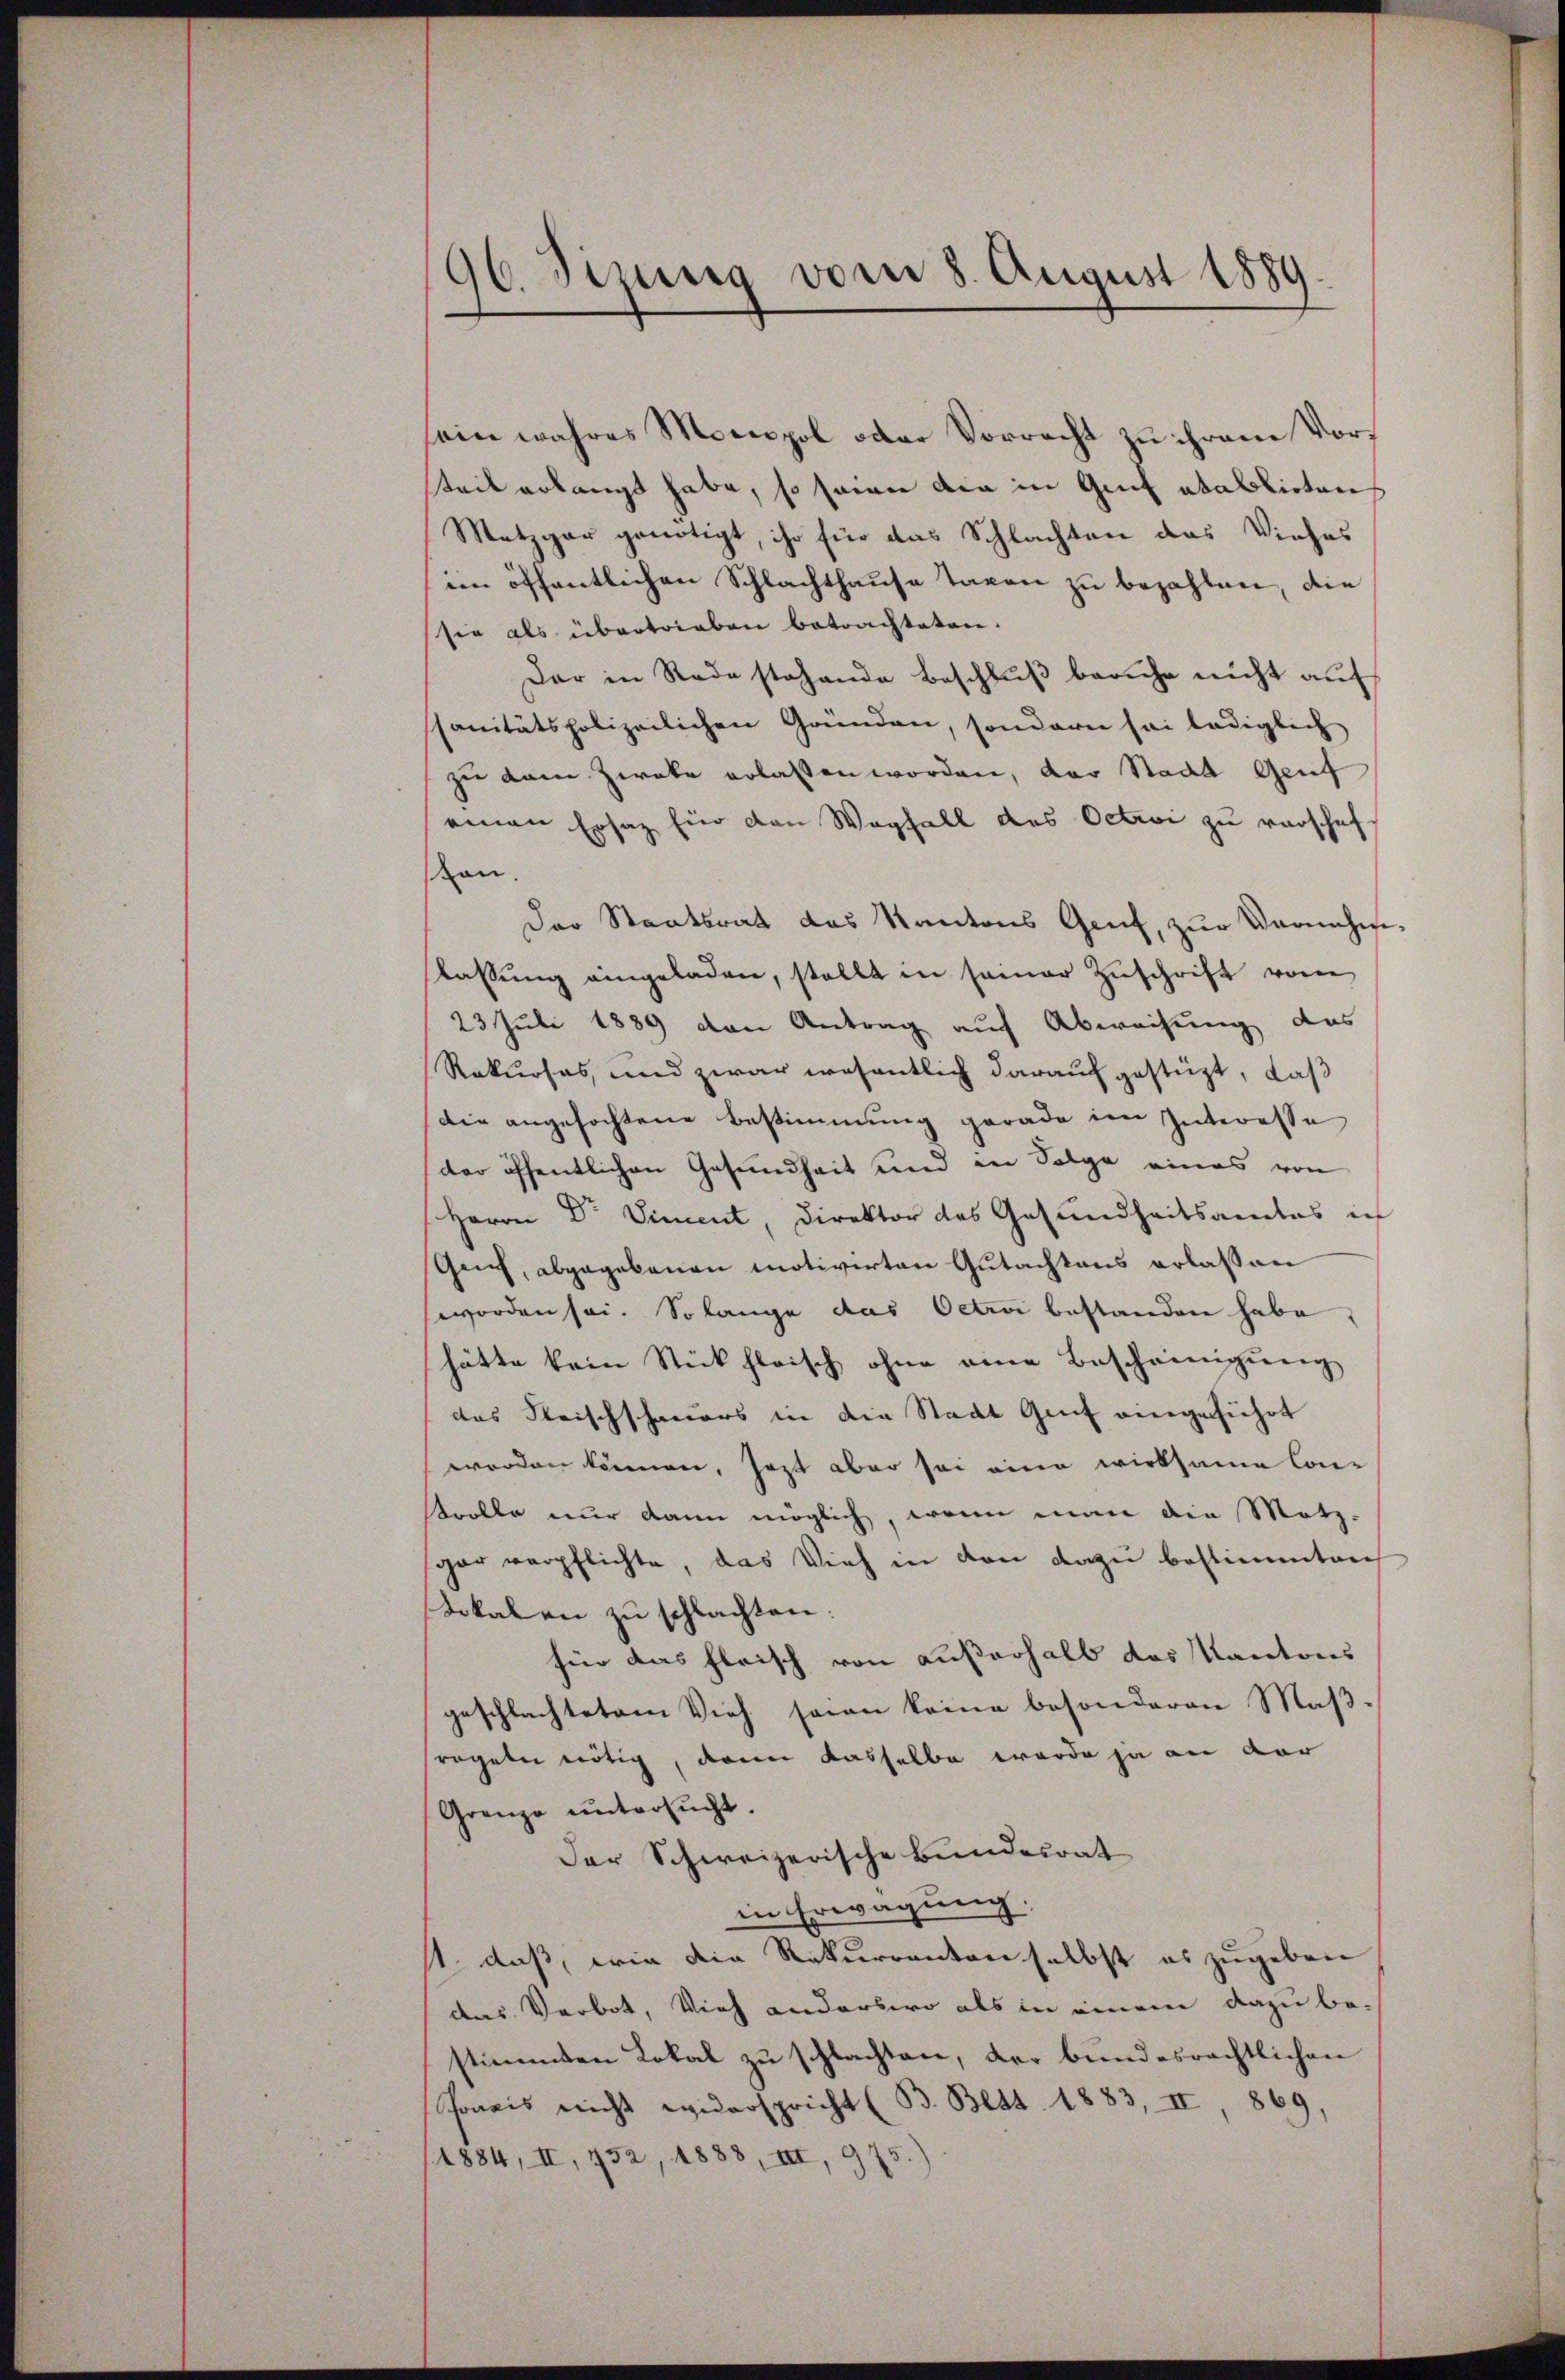
96. Sizung vom 8. August 1889.

sein wahres Monopol oder Vorrecht zu ihrem Vorteil erlangt habe, so seien die in Genf atablirten
Metzgar genötigt, ihr für das Schlachten das Viehes
im öffentlichen Schlachthause Taxen zu bezahlen, die
sie als übertrieben betrachteten.
Dar in Rede stehende Beschlŭβ beruhe nicht auf
ssanitätspolizeilichen Gründen, sondern sei lediglich
zu dem Zweke erlassen worden, das Stadt Genf
einen Ersatz für den Wegfall des Octavi zu verschaff
on.
Der Staatsrat das Kantons Genf, zur Vornahm-
slassŭng eingeladen, stellt in seiner Zŭschrift vom
23 Juli 1889 von Antrag auf Abweisung das
Rekurses, und zwar wesentlich darauf gestüzt, daß
die angefochtene Bestimmung gerade im Interesse
der öffentlichen Gesundheit und in Folge eines von
Herrn Dr Viment, Direktor des Gesundheitsamtes in
Geich, abgegebenen motivirten Gutachtens erlassen
worden sei. Solange das Oetini bestanden habe,
hätte kein Stickhloisch ohne eine Bescheinigung
das Fleischschauers in die Stadt Genf eingeführt
worden können, jezt aber sei eine wirksame Controlle nur dann möglich, wenn man die Metz-
gar verpflichte, das Vieh in den dazu bestimmten
Sokalen zu schlachten:
hier das fleisch von außerhalb das Kantons
geschlachtetem Vieh seien keine besonderen Maß-
regeln nötig, deren dasselbe werde ja an der
Grenze untersucht.
Der Schweizerische Bundesrat
in Erwägung.
st, daß, wie die Rekurranton selbst es zugeben
das Verbot, Vieh anderbero als in einem dazu be-
stimmten Lokal zu schlachten, der bundesrechtlichen
Ponis nicht wederspricht (B. Bett. 1883, III 869,
1884, II, 452, 1888, III, 975.)